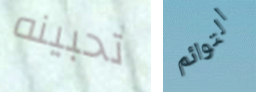
تحبينه التوائم